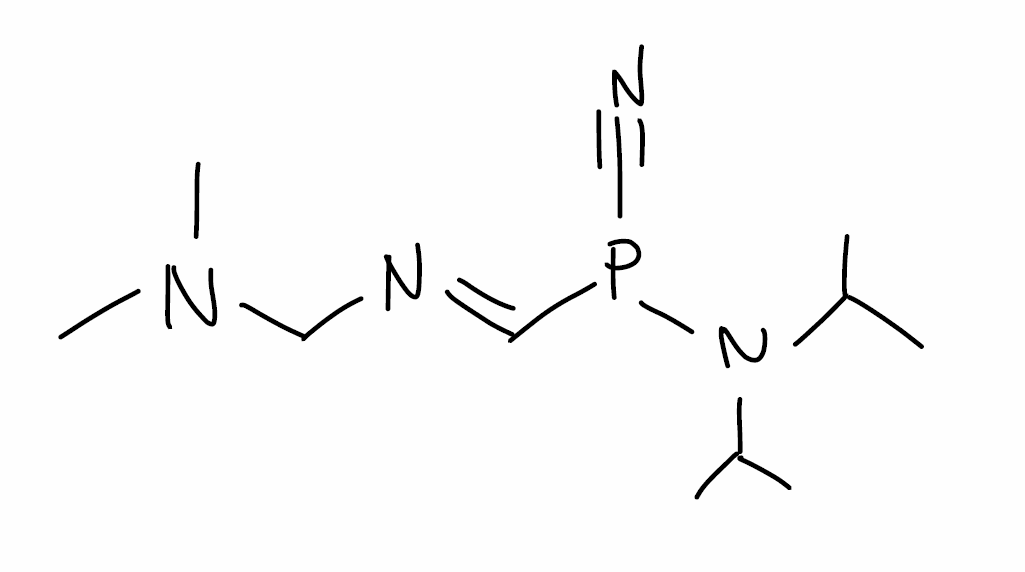
Simplified molecular-input line-entry system (SMILES) notation of the given molecule:
CC(C)N(C(C)C)P(/C=N/CN(C)C)C#N